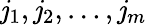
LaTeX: \mathit{j}_{1},\mathit{j}_{2},\dots,\mathit{j}_{m}